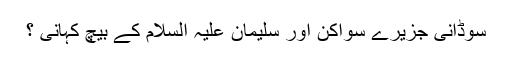
سوڈانی جزیرے سواکن اور سلیمان علیہ السلام کے بیچ کہانی ؟